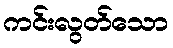
ကင်းလွတ်သော